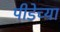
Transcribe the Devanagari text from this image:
पीडेच्या